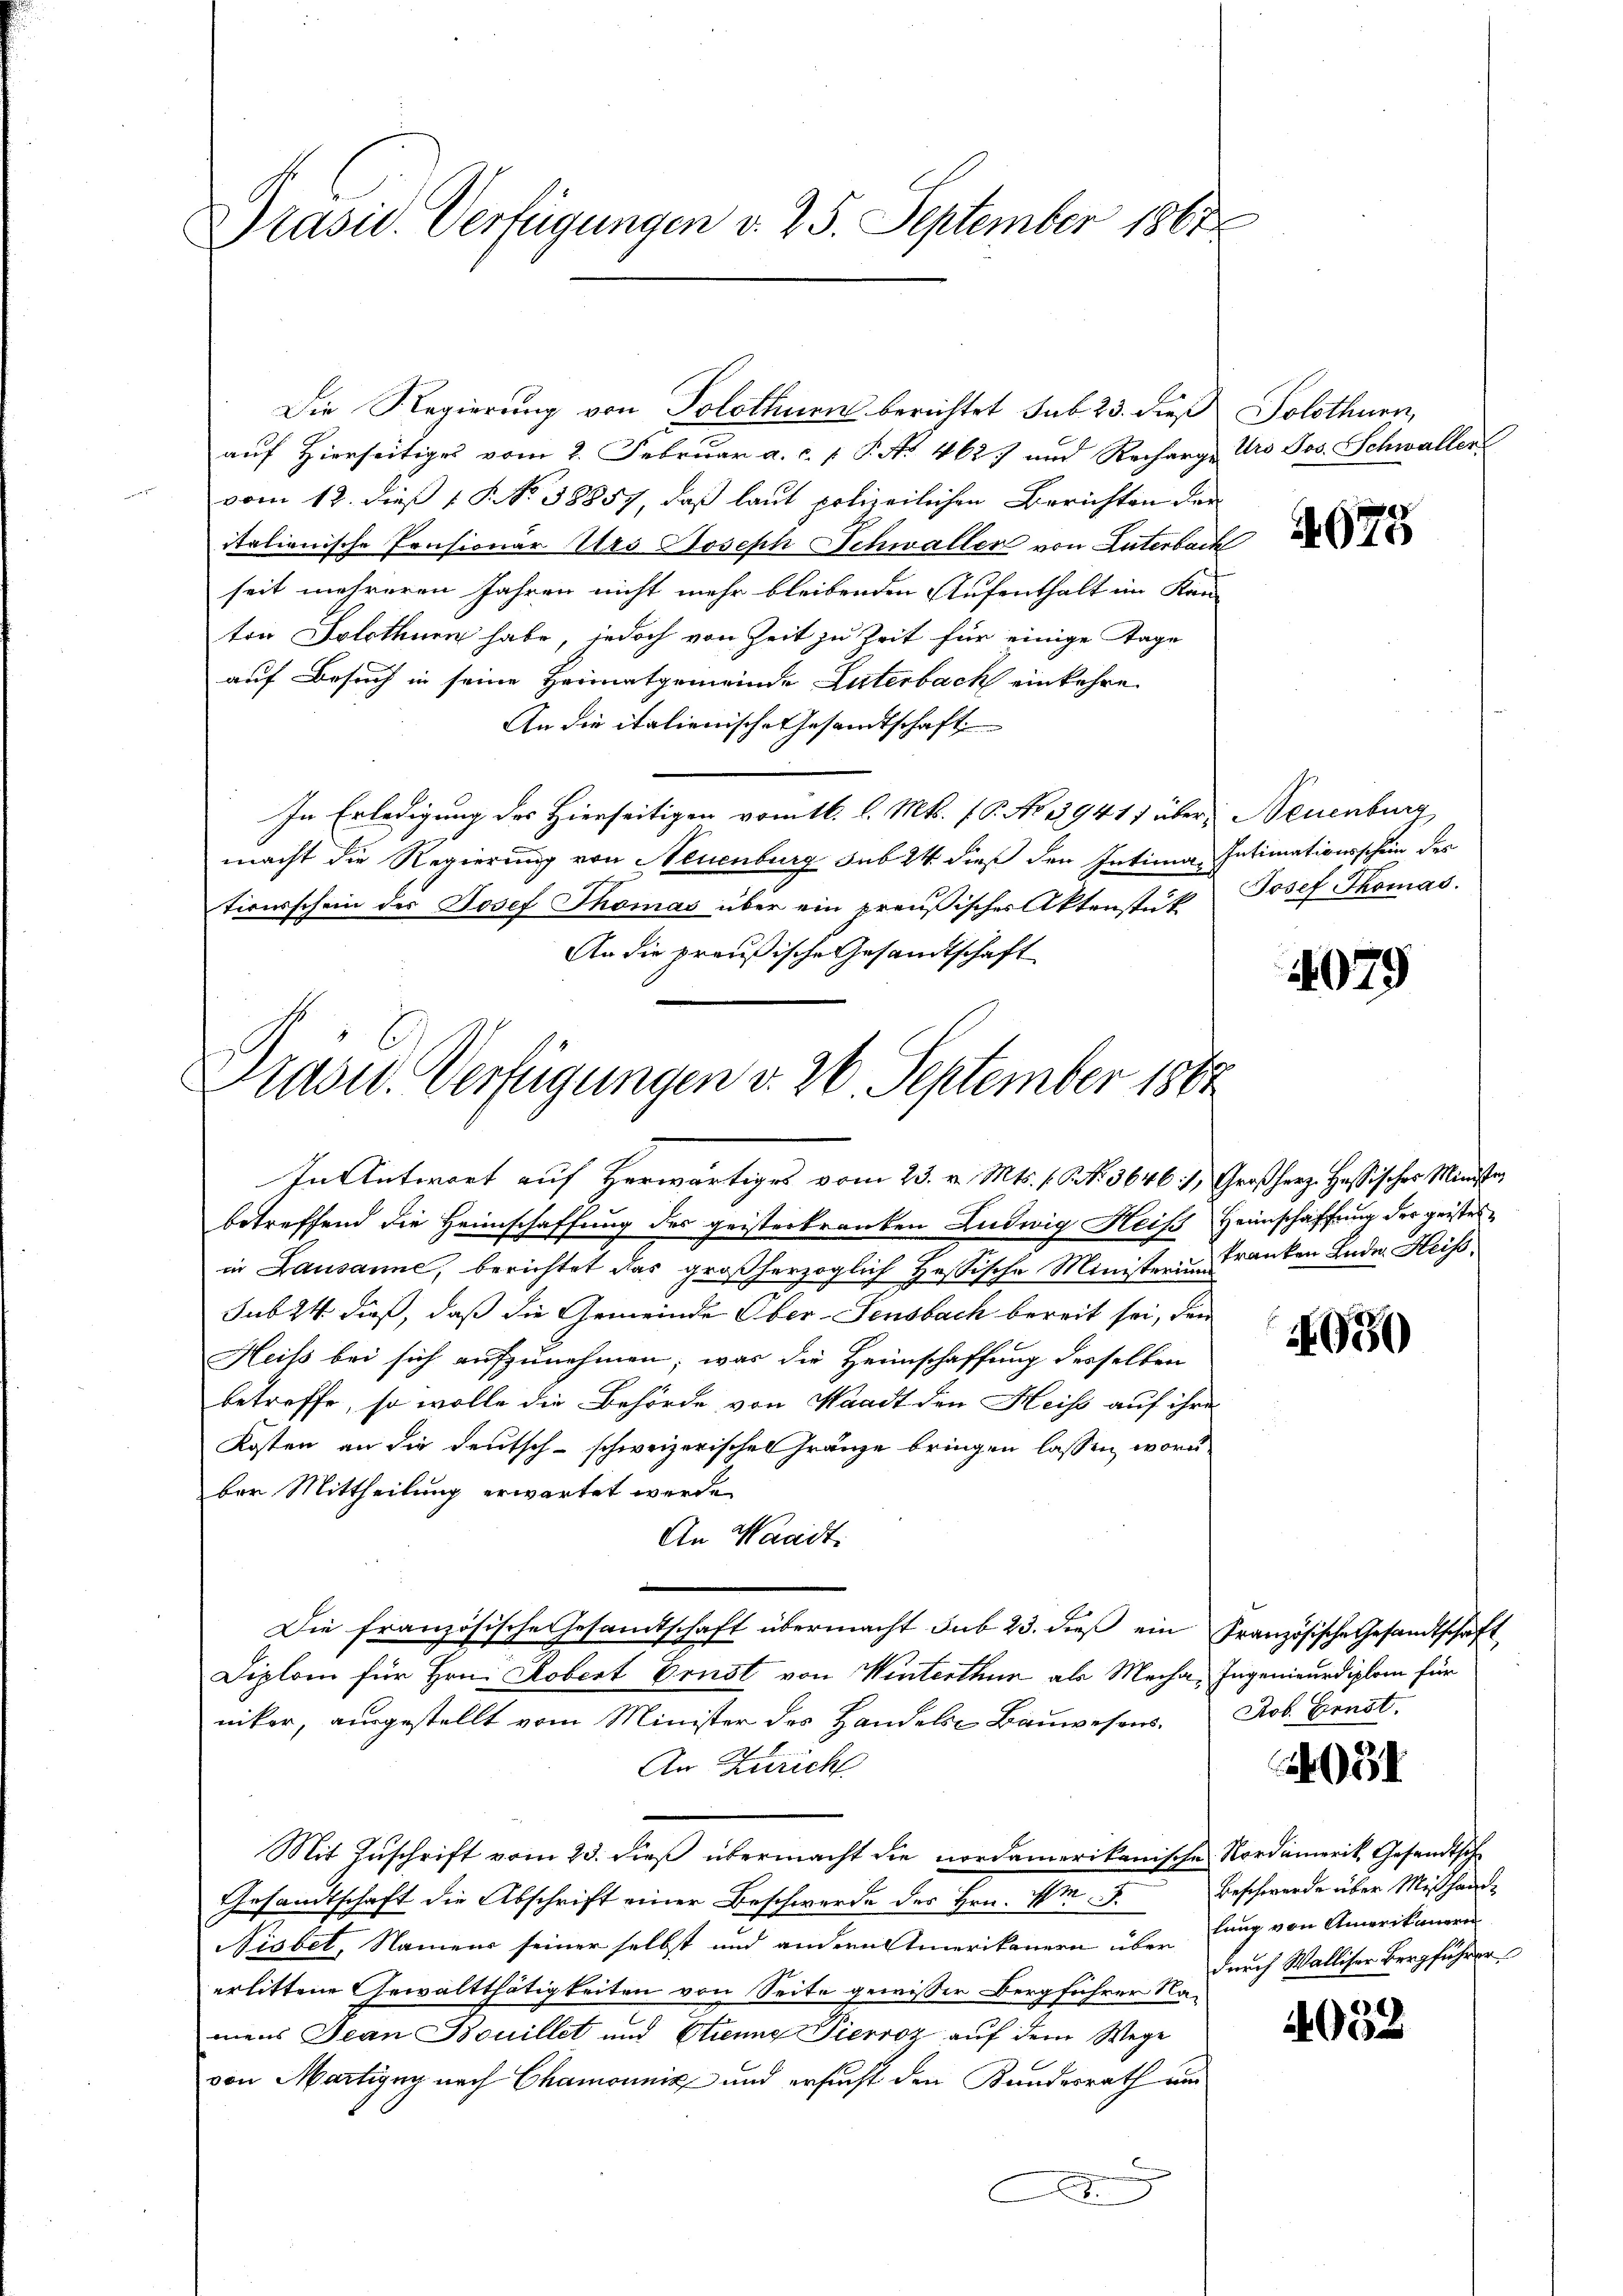
Präsid. Verfügungen v. 25. September 1867

Die Regierung von Solothurn berichtet sub 23. dieß Solothurn,
auf Hierseitiges vom 2. Februar a. c. p. P. No 462 und Recharge Uro Jos. Schwaller
vom 12. dieß §. No. 58857, daß laut polizeilichen Berichten der
italienische Pensionar Urs Joseph Schwaller von Unterbach
seit mehreren Jahren nicht mehr bleibenden Aufenthalt im Kan-
ton Solothurn habe, jedoch von Zeit zu Zeit für einige Tage
auf Besuch in seine Heimatgemeinde Luterbach einkehre.
An die italienische Gesandtschaft
In Erledigung des Hierseitigen vom 16. l. Mts. (T. No 39411 über Neuenburg
macht die Regierung von Neuenburg sub 24 dieß den Intima, Intimationsschein des
tiverschein des Josef Thomas über ein preußischer Aktenstit Josef Thomas.
An die preußische Gesandtschaft

Praord. Verfügungen v. 26. September 1882

In Antwort auf Herwärtiges vom 23. v. Mts. f. Art. 36461, Großherz. Hassischer Minister
betreffend die Heimschaffung des geisterkranken Ludwig Heiss Heimschaffung der geistesin Lausanne, berichtet das großherzoglich Hessische Ministeren Franken Ende Heiss
sub 24 dieß, daß die Gemeinde Ober-Sensbach bereit sei, den
Heiss bei sich aufzunehmen; was die Heimschaffung desselben
betreffe, so wolle die Behörde von Waadt den Heiss auf ihre
Kosten an die deutsch-schweizerischen Gränze bringen lassen, worüber Mittheilung erwartet werde.
An Waadt.
Die französische Gesandtschaft übermacht sub 23. dieß ein Französische Gesandtschaft
Diplom für Hrn. Kobert Ernst von Winterthur als Mecha, Ingenieurdiplom für
niker, ausgestellt vom Minister des Handels Bauwesens.
E
An Zürich
Mit Zuschrift vom 23. dieß übermacht die nordamerikanische Nordamerik, Gesandtsch
Gesandtschaft die Abschrift einer Beschwerde des Hrn. Am
Nisbet, Namens seiner selbst und andern Amerikanern über lang von Amerikaneren
erlittene Gewaltthätigkeiten von Seite gewisser Bergführer Namens Jean Bouillet und Etienne Pierroz auf dem Wege
von Martigny nach Chamonnig und ersucht den Kundesrath um
A

4675

4079

930

Pob. Ernst.

031

Beschwerde über Mißhand
durch Walliser Bergführer

.
000